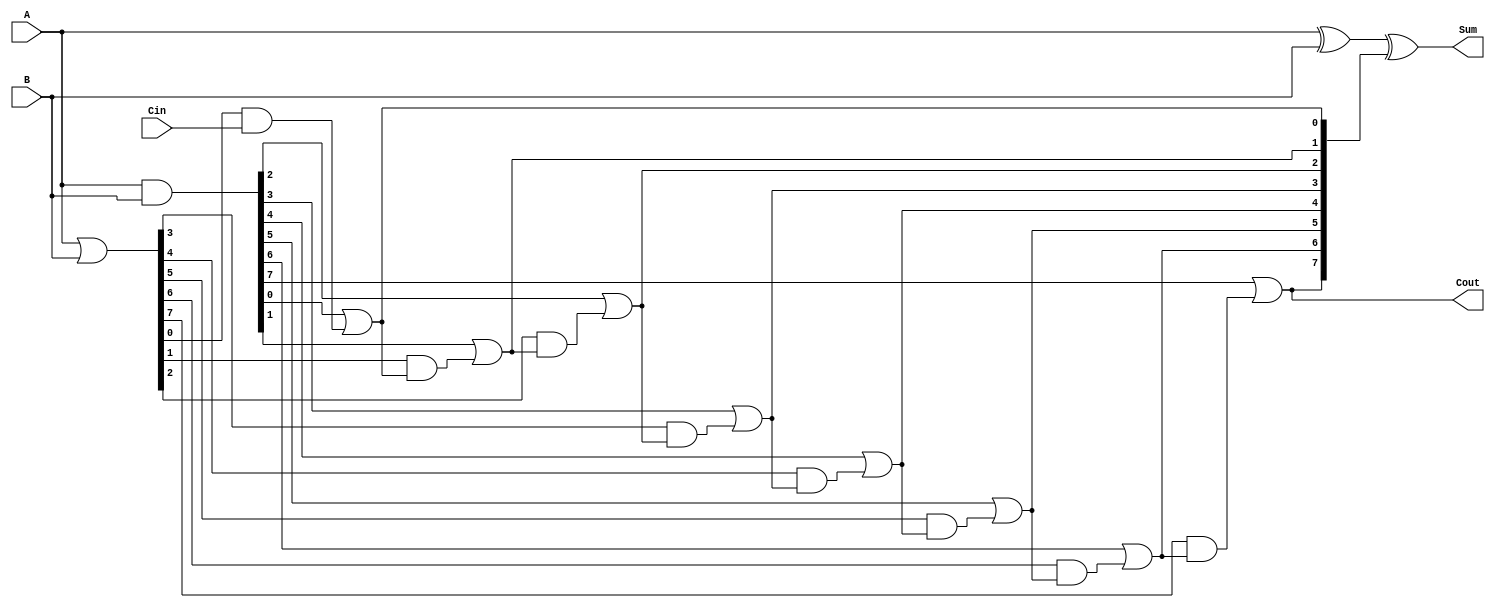
module ManchesterCarryChainAdder #(parameter n = 8) (
    input  wire [n-1:0] A,      // n-bit input A
    input  wire [n-1:0] B,      // n-bit input B
    input  wire Cin,             // Carry-in
    output wire [n-1:0] Sum,     // n-bit Sum output
    output wire Cout             // Carry-out
);

    wire [n-1:0] G;  // Generate signals
    wire [n-1:0] P;  // Propagate signals
    wire [n:0] C;    // Carry signals (C[0] = Cin)

    // Generate and Propagate Logic
    assign G = A & B;          // Generate
    assign P = A | B;          // Propagate

    // Carry Chain Logic
    assign C[0] = Cin;         // Initial carry-in
    genvar i;
    generate
        for (i = 0; i < n; i = i + 1) begin : carry_chain
            assign C[i + 1] = G[i] | (P[i] & C[i]);
        end
    endgenerate

    // Sum Calculation
    assign Sum = A ^ B ^ C[n:1]; // Sum = A XOR B XOR Carry

    // Final Carry-out
    assign Cout = C[n];         // Carry-out from the most significant bit

endmodule